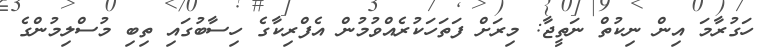
ހަގުރާމަ އިން ނިކުތް ނަތީޖާ: މިރަށް ފަތަހަކުރެއްވުމުން އެފްރިކާގެ ހިސާބުގައި ތިބި މުސްލިމުންގެ